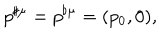
p ^ { \sharp \mu } = p ^ { \flat \mu } = ( p _ { 0 } , 0 ) ,